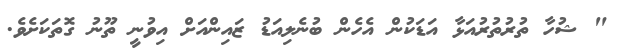
" ޝުހާ ތުރުތުރުއަޅާ އަޑަކުން އެހެން ބުނެލިއަޑު ޒައިންއަށް އިވުނީ ތޫނު ގޮތަކަށެވެ.